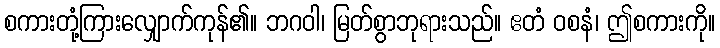
စကားတုံ့ကြားလျှောက်ကုန်၏။ ဘဂဝါ၊ မြတ်စွာဘုရားသည်။ ဧတံ ဝစနံ၊ ဤစကားကို။